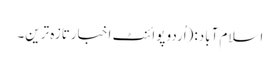
اسلام آباد:(اُردو پوائنٹ اخبارتازہ ترین۔